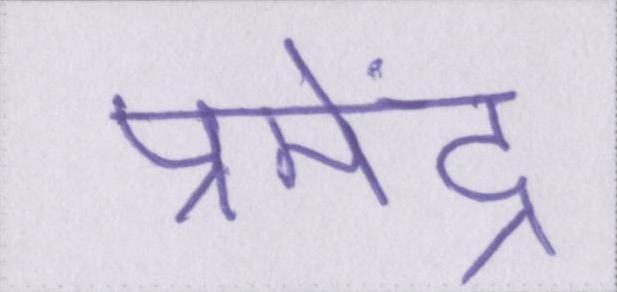
प्रमेंद्र